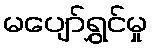
မပျော်ရွှင်မှု